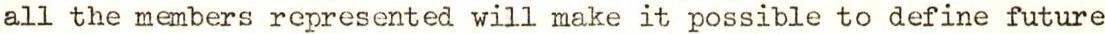
all the members represented will make it possible to define future